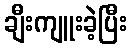
ချီးကျူးခဲ့ပြီး